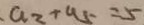
a _ { 2 } + a _ { 5 } = 5